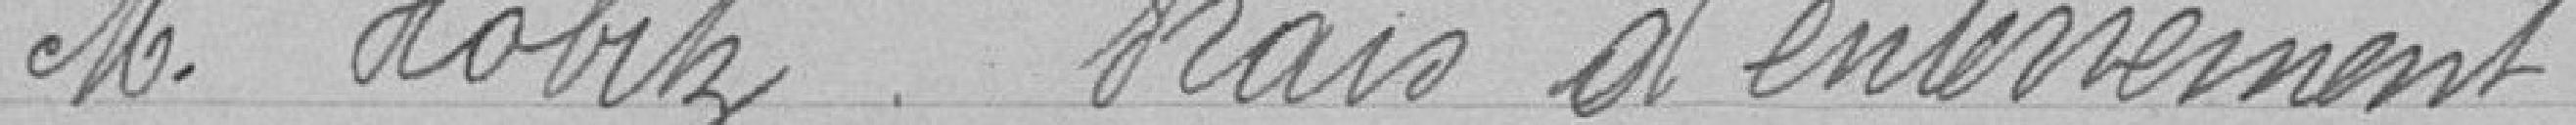
Monsieur HOBITZ. Frais d'enterrement